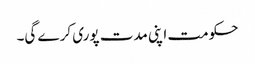
حکومت اپنی مدت پوری کرے گی۔